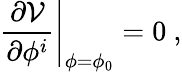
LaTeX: \left.\frac{\partial\mathcal{V}}{\partial\phi^{i}}\right|_{\phi=\phi_{0}}=0~,